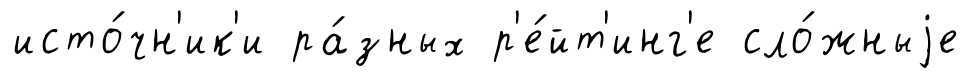
исто́чн'ик'и ра́зных р'е́йт'инг'е сло́жныjе